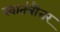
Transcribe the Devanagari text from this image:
स्वातंत्रौत्तर